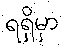
ရရှိမှာ